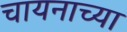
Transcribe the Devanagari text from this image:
चायनाच्या